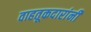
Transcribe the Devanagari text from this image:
वाहतूकदारांनी